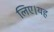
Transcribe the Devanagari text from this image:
लिए।यह